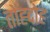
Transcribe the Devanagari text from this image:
तोह्दोह